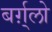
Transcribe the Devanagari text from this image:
बर्ग़्लो